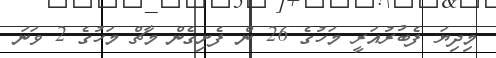
މިދިޔަ ފެބުރުއަރީ މަހުގެ 26 ން ފެށިގެން މާޗް މަހުގެ 2 ވަނަ